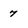
Character: 7